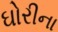
ઘોરીના